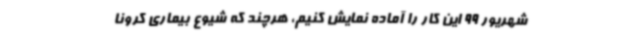
شهریور 99 این کار را آماده نمایش کنیم، هرچند که شیوع بیماری کرونا